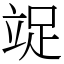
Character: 䇍